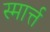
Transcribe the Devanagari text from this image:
स्मार्त्त